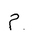
Letter: _mim